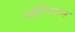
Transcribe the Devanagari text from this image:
ऑनियन